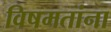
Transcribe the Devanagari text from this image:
विषमतांना